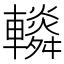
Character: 𨏏